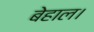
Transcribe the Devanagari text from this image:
बेहाल।